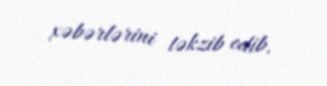
xəbərlərini təkzib edib.